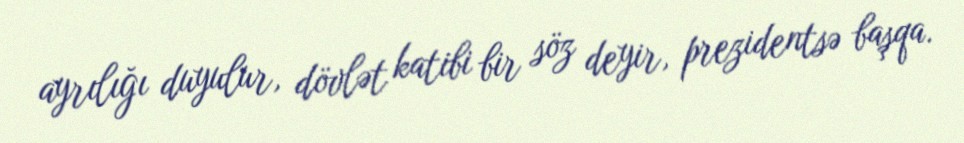
ayrılığı duyulur, dövlət katibi bir söz deyir, prezidentsə başqa.